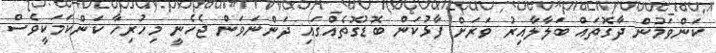
ކަންވަމުން ދާގޮތައް ބަލާލާއިރު ވަރަށް ފާޅުކަން ބޮޑުގޮތެއްގައި ދަންނަވަން ޖެހެނީ މިހުރިހާ ކަންކަމަކީވެސް